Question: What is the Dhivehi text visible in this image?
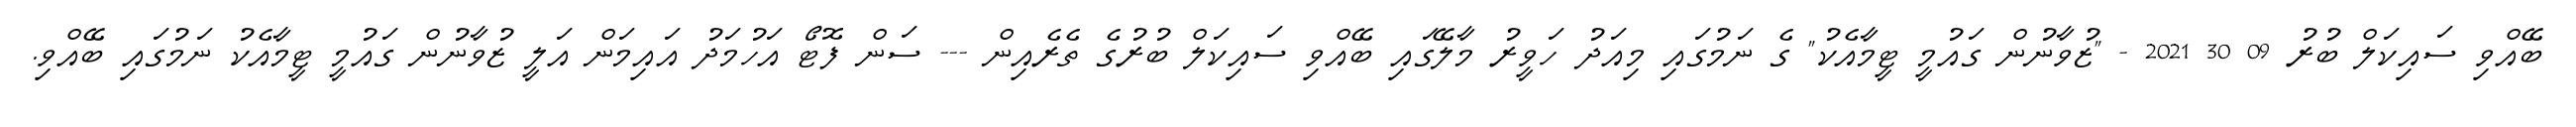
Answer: ބޭއްވި ސައިކަލް ބުރު 09 30 2021 - "ޒުވާނުން ގައުމީ ޓީމާއެކު" ގެ ނަމުގައި މިއަދު ހަވީރު މާލޭގައި ބޭއްވި ސައިކަލް ބުރުގެ ތެރެއިން --- ސަން ފޮޓޯ އަހުމަދު އައިމަން އަލީ ޒުވާނުން ގައުމީ ޓީމާއެކު ނަމުގައި ބޭއްވި.